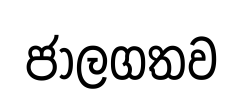
ජාලගතව